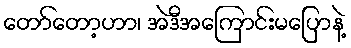
တော်တော့ဟာ၊ အဲဒီအကြောင်းမပြောနဲ့